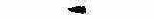
ゝ